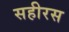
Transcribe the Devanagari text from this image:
सहीरस